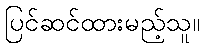
ပြင်ဆင်ထားမည့်သူ။